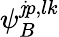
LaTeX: \psi_{B}^{\mathit{j}p,lk}